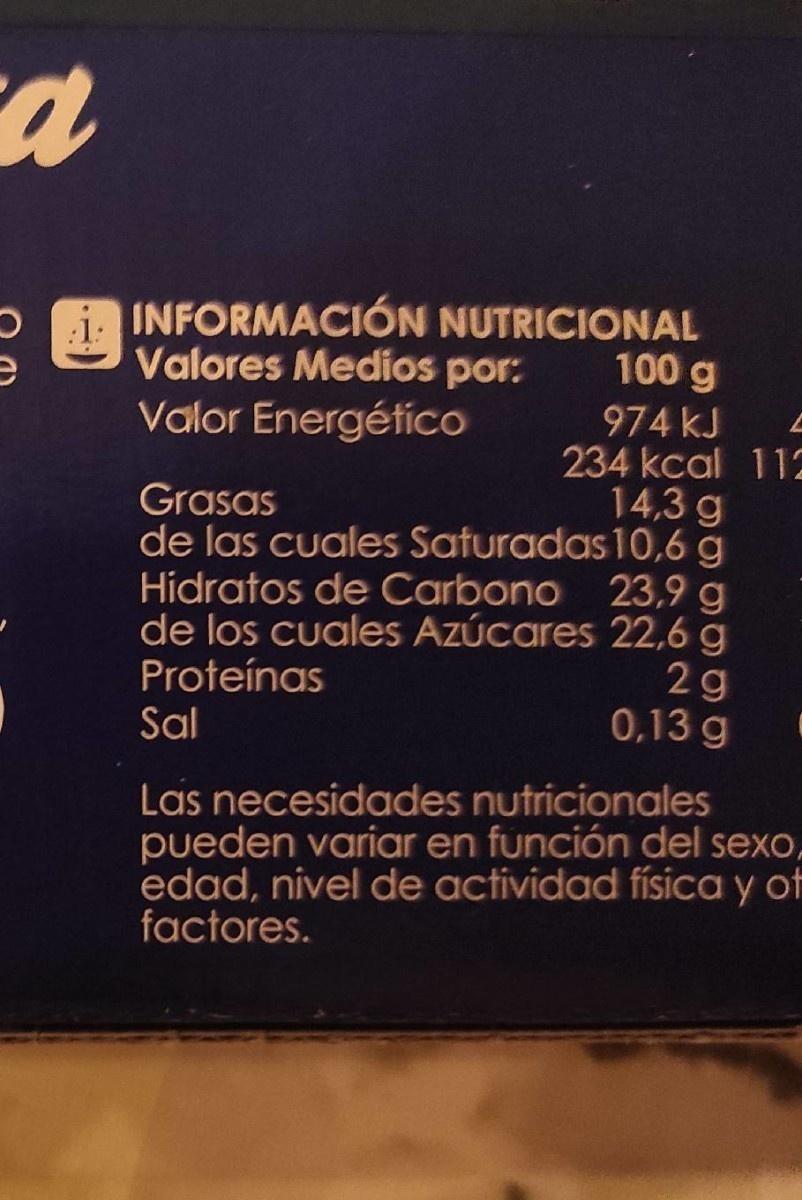
INFORMACIÓN NUTRICIONAL Valores Medios por: Valor Energético
100 g
974 kJ 234 kcal 11 14,3 g de las cuales Saturadas 10,6 g Hidratos de Carbono 23,9 g de los cuales Azúcares 22,6 g 2g 0,13 g
Grasas
Proteínas Sal
Las necesidades nutricionales pueden variar en función del sexo, edad, nivel de actividad física y of factores.